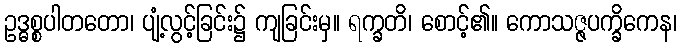
ဥဒ္ဓစ္စပါတတော၊ ပျံ့လွင့်ခြင်း၌ ကျခြင်းမှ။ ရက္ခတိ၊ စောင့်၏။ ကောသဇ္ဇပက္ခိကေန၊